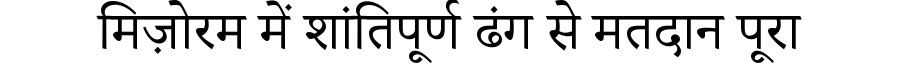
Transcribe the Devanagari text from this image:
मिज़ोरम में शांतिपूर्ण ढंग से मतदान पूरा